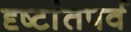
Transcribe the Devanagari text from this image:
दृष्टांतपर्व